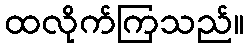
ထလိုက်ကြသည်။